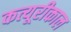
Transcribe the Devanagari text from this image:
कत्यूरीकाल